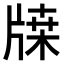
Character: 𤗥